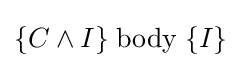
\{C\land I\}\;\mathrm {body} \;\{I\}